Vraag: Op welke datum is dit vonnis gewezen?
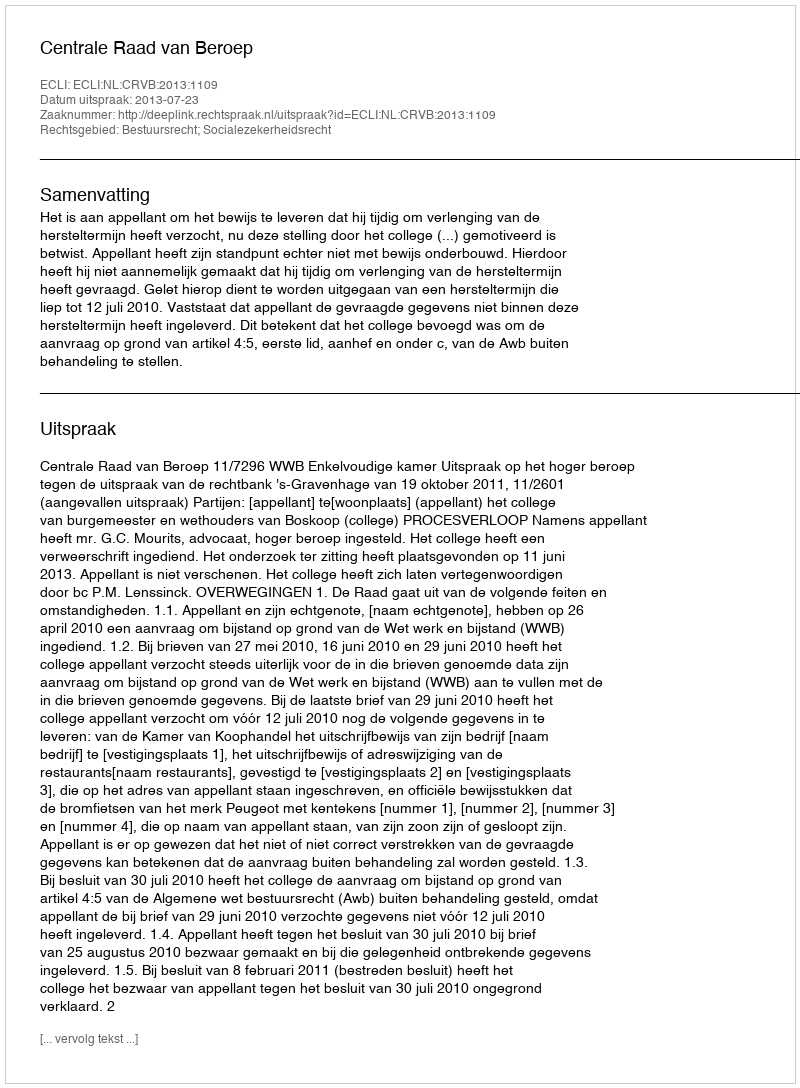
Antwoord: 2013-07-23